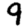
Digit: 9